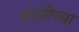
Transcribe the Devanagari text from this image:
शम्मीच्या